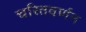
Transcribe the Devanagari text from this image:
चरितवर्णन